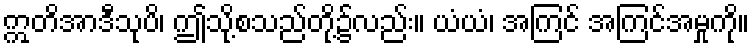
ဣတိအာဒီသုပိ၊ ဤသို့စသည်တို့၌လည်း။ ယံယံ၊ အကြင် အကြင်အမှုကို။